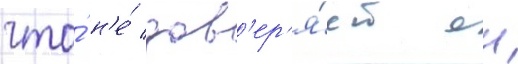
что́ н'е́ дов'ер'я́ет еи